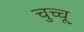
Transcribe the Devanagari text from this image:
चुच्चू